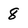
Character: 8